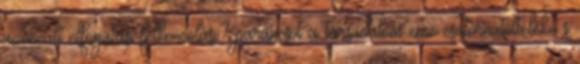
azonnali elfogatási felkoncolási? parancsot a társadalom eme csatornatölteléke s